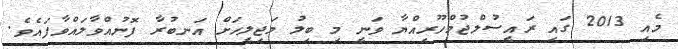
މެއި 2013 ގައި ރައީސުލްޖުމްހޫރިއްޔާ ވަނީ މި ބިލު މަޖިލީހަށް އަނބުރާ ފޮނުއްވާލައްވާފައެވެ.